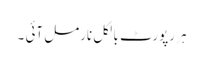
ہر رپورٹ بالکل نارمل آئی ۔